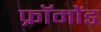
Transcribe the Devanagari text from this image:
फ्रॉमोंड